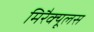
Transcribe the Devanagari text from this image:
मिरैक्यूलस